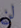
لن